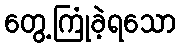
တွေ့ကြုံခဲ့ရသော